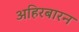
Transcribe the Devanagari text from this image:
अहिरबारन